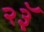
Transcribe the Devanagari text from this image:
२३ॅ